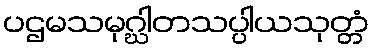
ပဌမသမုဂ္ဃါတသပ္ပါယသုတ္တံ